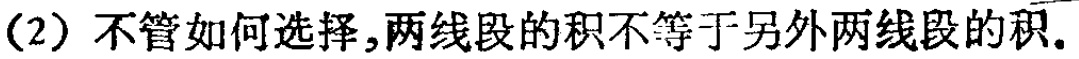
(2) 不管如何选择,两线段的积不等于另外两线段的积.